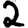
Digit: 2